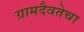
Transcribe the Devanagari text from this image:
ग्रामदैवतेचा